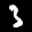
Label: 3